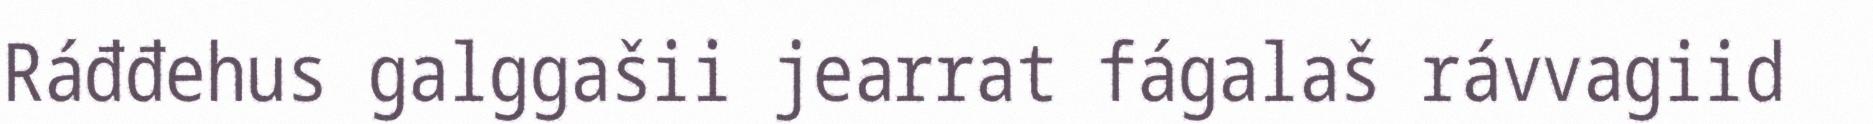
Ráđđehus galggašii jearrat fágalaš rávvagiid